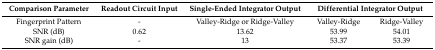
| Comparison Parameter | Readout Circuit Input | Single-Ended Integrator Output | <COLSPAN=2> Differential Integrator Output |
 | --- | --- | --- | --- | --- |
 | Fingerprint Pattern | - | Valley-Ridge or Ridge-Valley | Valley-Ridge | Ridge-Valley |
 | SNR (dB) | 0.62 | 13.62 | 53.99 | 54.01 |
 | SNR gain (dB) | - | 13 | 53.37 | 53.39 |